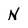
Character: N